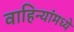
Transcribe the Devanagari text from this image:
वाहिन्यांमध्ये